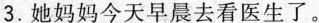
3.她妈妈今天早晨去看医生了。